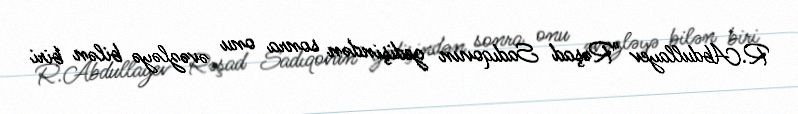
R.Abdullayev "Rəşad Sadıqovun gedişindən sonra onu əvəzləyə bilən biri